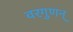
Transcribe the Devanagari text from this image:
वरगुणन्